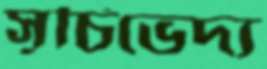
সূচিভেদ্য